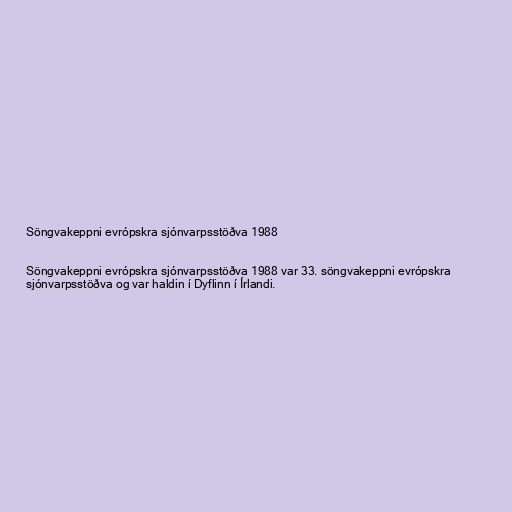
Söngvakeppni evrópskra sjónvarpsstöðva 1988

Söngvakeppni evrópskra sjónvarpsstöðva 1988 var 33. söngvakeppni evrópskra
sjónvarpsstöðva og var haldin í Dyflinn í Írlandi.